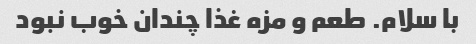
با سلام. طعم و مزه غذا چندان خوب نبود